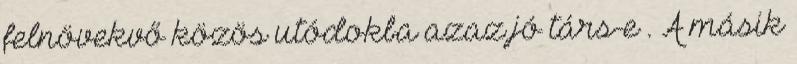
felnövekvő közös utódokba azaz jó társ-e . A másik